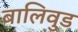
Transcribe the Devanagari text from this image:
बालिवुड